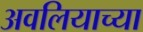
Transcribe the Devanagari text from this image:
अवलियाच्या